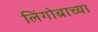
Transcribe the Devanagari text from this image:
लिंगोबाच्या